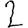
Digit: 2